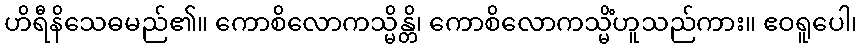
ဟိရီနိသေဓမည်၏။ ကောစိလောကသ္မိန္တိ၊ ကောစိလောကသ္မိံဟူသည်ကား။ ဧဝရူပေါ၊